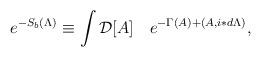
LaTeX: \begin{align*}e^{-S_b(\Lambda)}\equiv\int {\cal D}[A]\quad e^{-\Gamma(A) + (A,i\ast d\Lambda)},\end{align*}